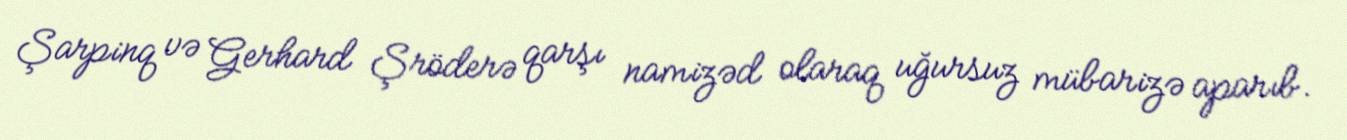
Şarpinq və Gerhard Şröderə qarşı namizəd olaraq uğursuz mübarizə aparıb.